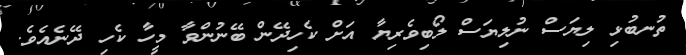
ތުނބުޅި ލިޔަސް ނުލިޔަސް ލޯބިވެރިޔާ އަށް ކެހިދޭން ބޭނުންވާ މީހާ ކެހި ދޭނެއެވެ.